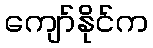
ကျော်နိုင်က